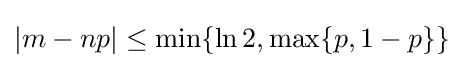
|m-np|\leq \min\{{\ln 2},\max\{p,1-p\}\}